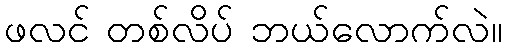
ဖလင် တစ်လိပ် ဘယ်လောက်လဲ။